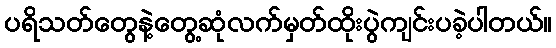
ပရိသတ်တွေနဲ့တွေ့ဆုံလက်မှတ်ထိုးပွဲကျင်းပခဲ့ပါတယ်။